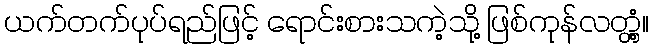
ယက်တက်ပုပ်ရည်ဖြင့် ရောင်းစားသကဲ့သို့ ဖြစ်ကုန်လတ္တံ့။